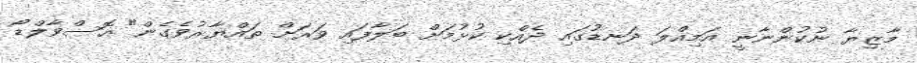
މާޒިޔާ ނުކުންނާނީ އަމިއްލަ ދަނޑުގައި ދެއްކި ކުޅުމަށް ބަލާފައި ވަރަށް ތައްޔާރުވެގެން" އޮސްވާލްޑޯ